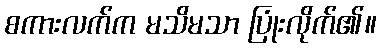
စကားလက်က မသိမသာ ပြုံးလိုက်၏။